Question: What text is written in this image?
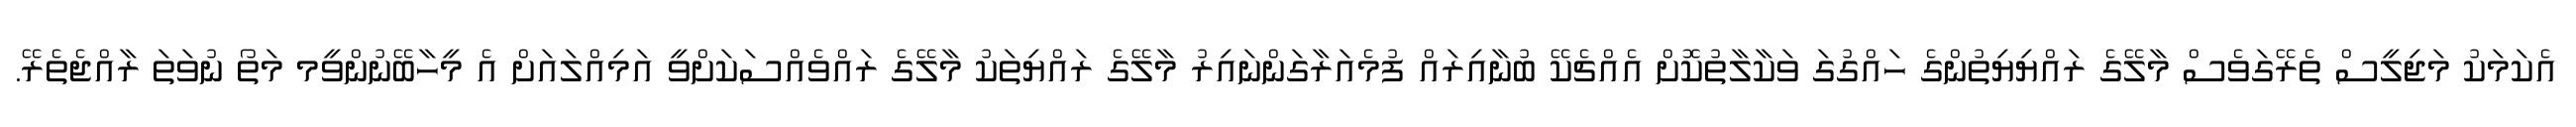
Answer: އެކަމަކު މަޖިލީސް ތެރޭގަވެސް މާލޭގެ ރައްޔިޔިތުންގެ ހައްގުގަ ވަކާލާތުކޮށް އެއްޗެކޭ ބުނާއިރައް ފުމެއަރާގަންނައިރު މާލޭގެ ރައްޔިތަކު މާލޭގެ ރައްވެއްސަކަށްވީ އަމިއްލައަށް އެ މީހާބޭނުންވީމ މަތޯ ނުވަތަ ރާއްޖެތެރޭ.